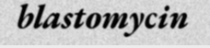
blastomycin